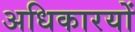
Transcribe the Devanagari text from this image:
अधिकारयों